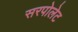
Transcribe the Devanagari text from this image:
सरपोलेट